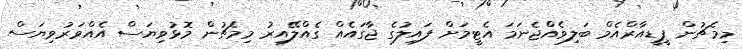
މިމެޗުން ޕީޑީއާރްއެމް ބަލިވެއްޖެނަމަ އެޓީމަށް ފައިލުގެ ޖާގައެއް ގެއްލޭއިރު މިމެޗުން މޮޅުވިޔަސް އެއްވަރުވިޔަސް